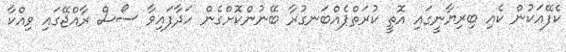
ކެފޭއަކުން ކެއި ބިރިޔާނީގައި އޮތީ ކުރަތްޕެއްބަނގުރާ ބޭނުންކޮށްގެން ހަދާފައިވާ ސޯސް ރާއްޖޭގައި ވިއްކާ